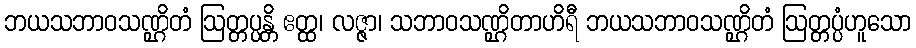
ဘယသဘာဝသဏ္ဌိတံ ဩတ္တပ္ပန္တိ ဧတ္ထ၊ လဇ္ဇာ၊ သဘာဝသဏ္ဌိတာဟိရီ ဘယသဘာဝသဏ္ဌိတံ ဩတ္တပ္ပံဟူသော